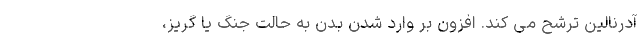
آدرنالین ترشح می کند. افزون بر وارد شدن بدن به حالت جنگ یا گریز،